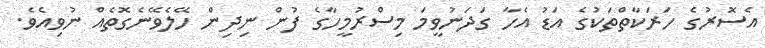
އެސޮރުގެ ހަރަކާތްތަކުގެ އަޑު އެހާ ގަދަނުވީމަ މިސްރުމީހާގެ ފުން ނިދިން ހޭލެވޭނެގޮތެއް ނުވިއެވެ.